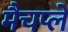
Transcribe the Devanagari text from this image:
मैचप्ले